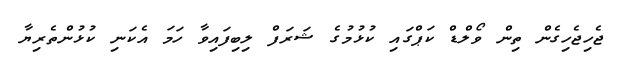
ޖެހިޖެހިގެން ތިން ވޯލްޑް ކަޕްގައި ކުޅުމުގެ ޝަރަފް ލިބިފައިވާ ހަމަ އެކަނި ކުޅުންތެރިޔާ